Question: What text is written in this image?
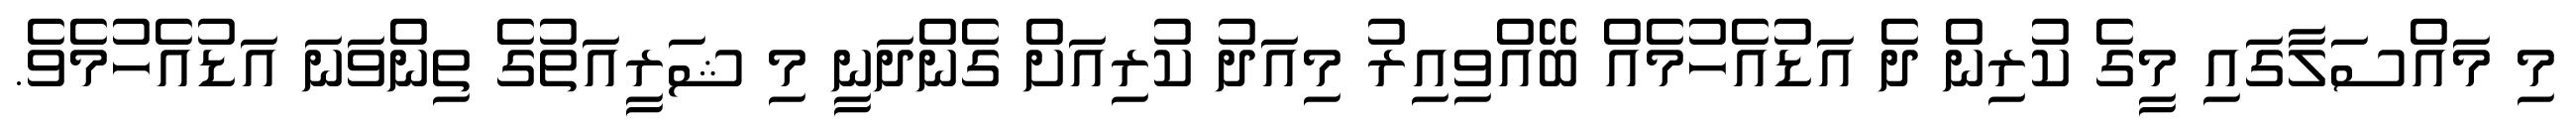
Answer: މި މައްސަލާގައި މީގެ ކުރިން ދެ އަޑުއެހުމެއް ބޭއްވިއިރު މިއަދު ކުރިއަށް ގެންދަނީ މި ޝަރީއަތުގެ ތިންވަނަ އަޑުއެހުމެވެ.